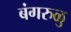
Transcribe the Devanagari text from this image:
बंगरुळु